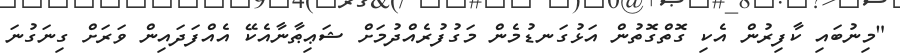
"މިނުބައި ކާފިރުން އެކި ގޮތްގޮތުން އަޅުގަނޑުމެން މަގުފުރެއްދުމަށް ޝަޢިޠާނާއެކޭ އެއްފަދައިން ވަރަށް ގިނަގުނަ